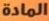
المادة